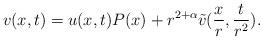
LaTeX: \begin{align*}v(x,t)= u(x,t) P(x) + r^{2+\alpha} \tilde v(\frac{x}{r},\frac{t}{r^2}).\end{align*}